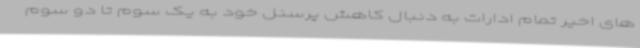
های اخیر تمام ادارات به دنبال کاهش پرسنل خود به یک سوم تا دو سوم